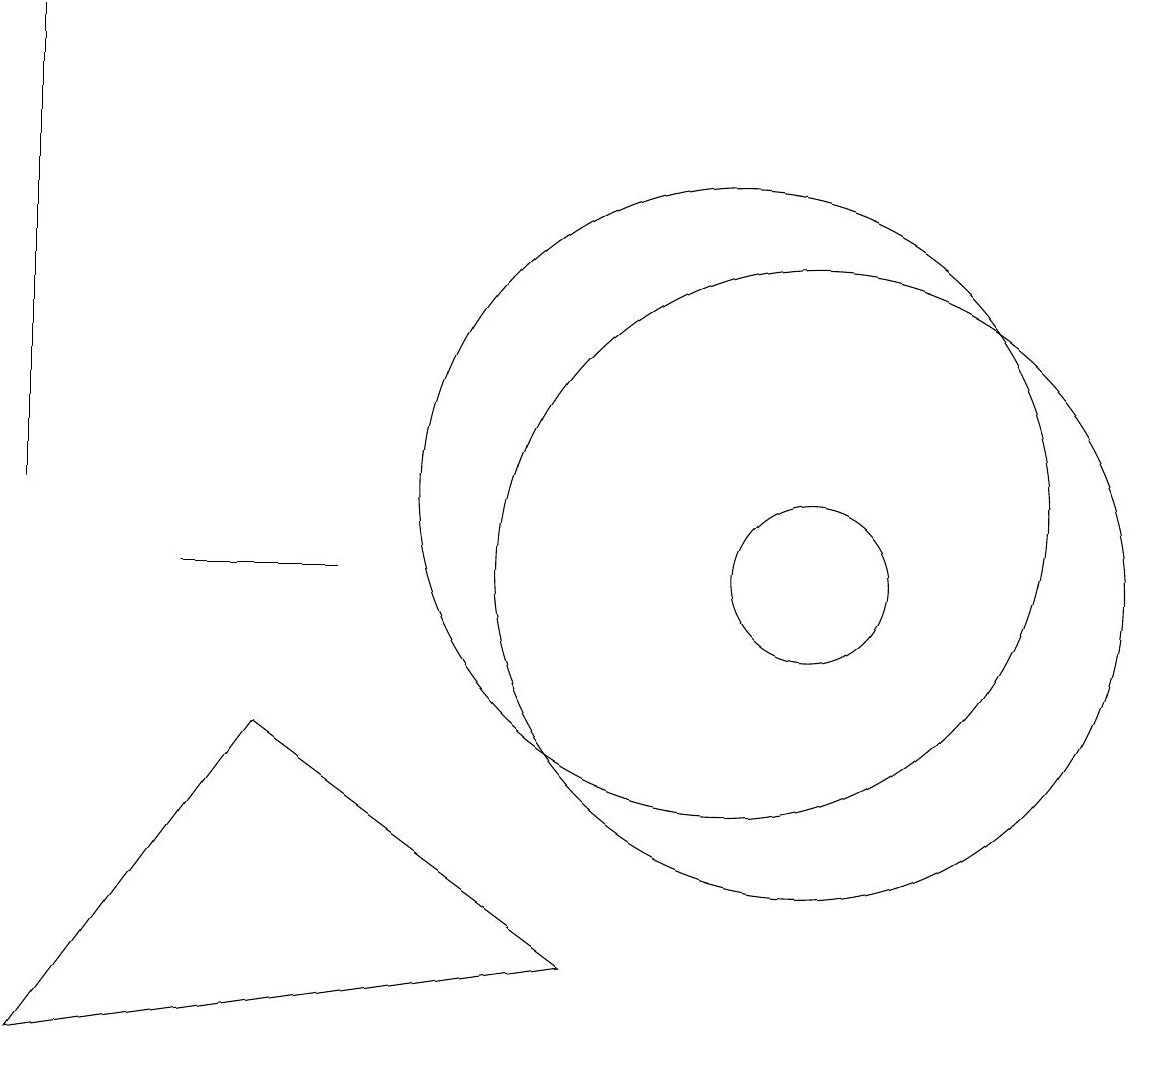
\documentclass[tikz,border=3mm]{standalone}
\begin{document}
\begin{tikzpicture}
\draw (1,4) -- (8,5) -- (4,8) -- cycle;
\draw (11,10) circle (4);
\draw (1,11) rectangle (1,17);
\draw (11,10) circle (1);
\draw (3,10) rectangle (5,10);
\draw (10,11) circle (4);
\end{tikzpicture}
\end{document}